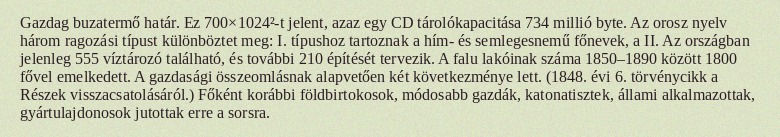
Gazdag buzatermő határ. Ez 700×1024²-t jelent, azaz egy CD tárolókapacitása 734 millió byte. Az orosz nyelv három ragozási típust különböztet meg: I. típushoz tartoznak a hím- és semlegesnemű főnevek, a II. Az országban jelenleg 555 víztározó található, és további 210 építését tervezik. A falu lakóinak száma 1850–1890 között 1800 fővel emelkedett. A gazdasági összeomlásnak alapvetően két következménye lett. (1848. évi 6. törvénycikk a Részek visszacsatolásáról.) Főként korábbi földbirtokosok, módosabb gazdák, katonatisztek, állami alkalmazottak, gyártulajdonosok jutottak erre a sorsra.